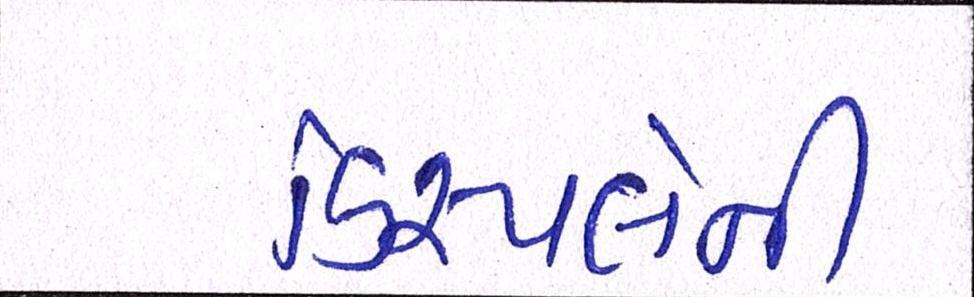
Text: ડિસ્પ્લેની